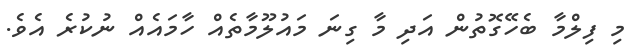
މި ފިލްމާ ބެހޭގޮތުން އަދި މާ ގިނަ މައުލޫމާތެއް ހާމައެއް ނުކުރެ އެވެ.